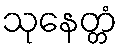
သုနေတ္တံ